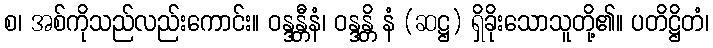
စ၊ အစ်ကိုသည်လည်းကောင်း။ ဝန္ဒန္တီနံ၊ ဝန္ဒန္တိ နံ (ဆဋ္ဌ) ရှိခိုးသောသူတို့၏။ ပတိဋ္ဌိတံ၊